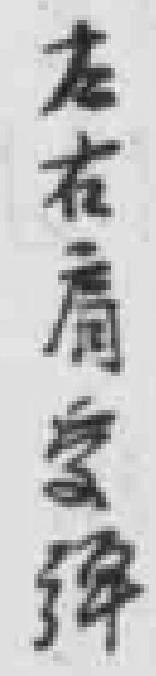
左右肩*彈